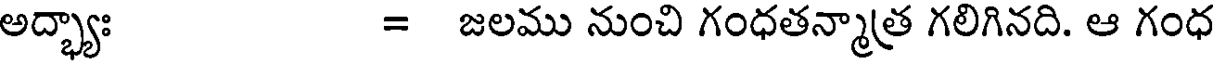
అద్భ్యాః = జలము నుంచి గంధతన్మాత్ర గలిగినది. ఆ గంధ